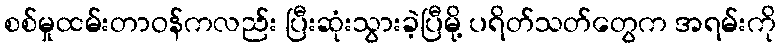
စစ်မှုထမ်းတာဝန်ကလည်း ပြီးဆုံးသွားခဲ့ပြီမို့ ပရိတ်သတ်တွေက အရမ်းကို